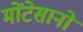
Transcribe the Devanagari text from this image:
मोंटेसानो